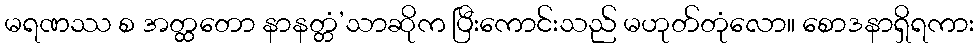
မရဏဿ စ အတ္ထတော နာနတ္တံ’သာဆိုက ပြီးကောင်းသည် မဟုတ်တုံလော။ စောဒနာရှိရကား